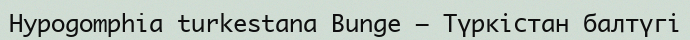
Hypogomphia turkestana Bunge – Түркістан балтүгі